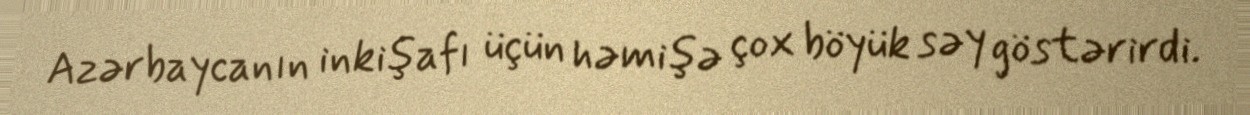
Azərbaycanın inkişafı üçün həmişə çox böyük səy göstərirdi.